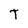
Character: T